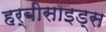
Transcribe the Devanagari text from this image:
हर्बीसाइड्स